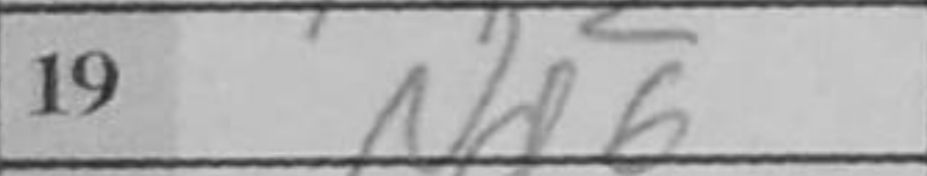
Transcription: Nd6